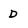
Character: D